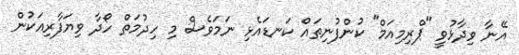
އޭނާ ވިދާޅުވީ "ޕްރިމިއަމް" ކުންފުނިތަައް ކަނޑައެޅި ނަމަވެސް މި ހިދުމަތް ހޯދާ ވިޔަފާރިއަކުން